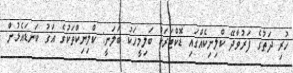
ހުރި ދަތުގެ ފަރުވާދޭ ކްލިނިކެއްގައި ޑޮކްޓަރަކު ބަލިމީހަކު ބަލަނީ: ކްލިނިކްތަކުގެ އަގު ކަނޑައެޅުން